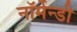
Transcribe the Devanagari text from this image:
नॉर्मेन्डी